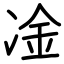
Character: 凎